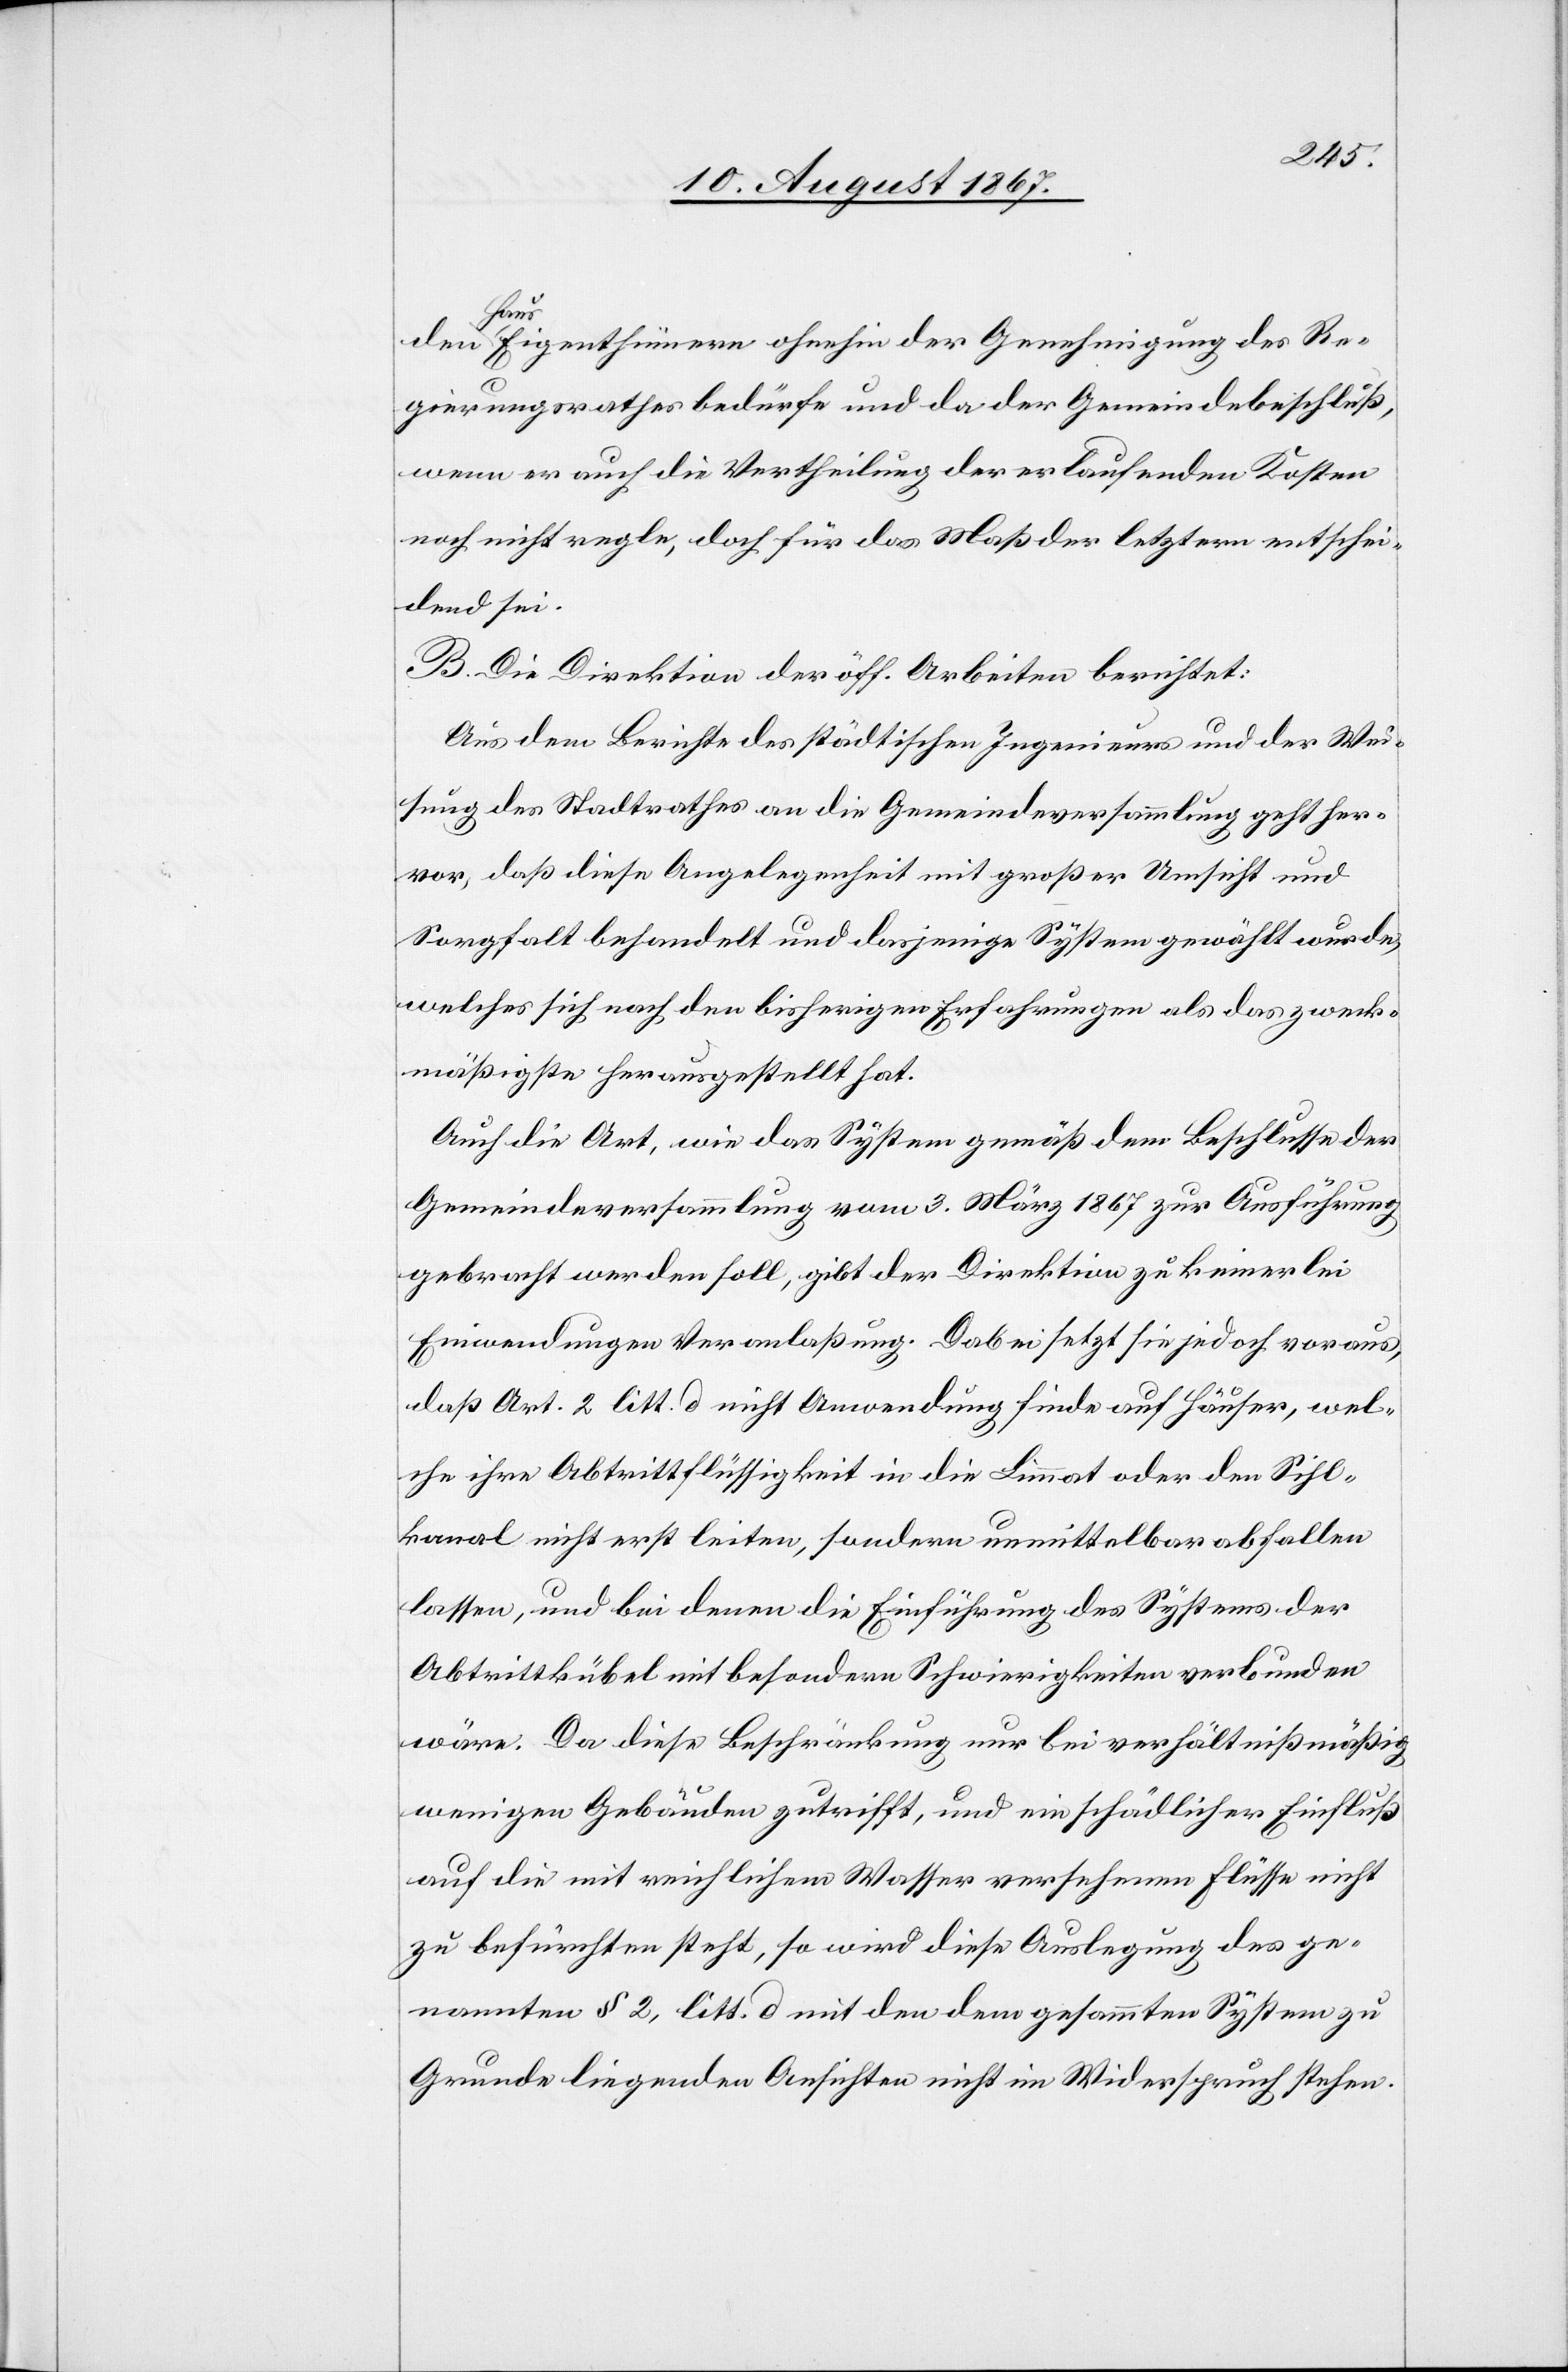
den Haus-Eigenthümern ohnehin der Genehmigung des Re¬
gierungsrathes bedürfe und da der Gemeindebeschluß,
wenn er auch die Vertheilung der erlaufenden Kosten
noch nicht regle, doch für das Maß der letztern entschei¬
dend sei.
B. Die Direktion der öff. Arbeiten berichtet:
Aus dem Berichte des städtischen Ingenieurs und der Wei¬
sung des Stadtrathes an die Gemeindeversammlung geht her¬
vor, daß diese Angelegenheit mit großer Umsicht und
Sorgfalt behandelt und dasjenige System gewählt wurde,
welches sich nach den bisherigen Erfahrungen als das zweck¬
mäßigste herausgestellt hat.
Auch die Art, wie das System gemäß dem Beschlusse der
Gemeindeversammlung vom 3. März 1867 zur Ausführung
gebracht werden soll, gibt der Direktion zu keinerlei
Einwendungen Veranlaßung. Dabei setzt sie jedoch voraus,
daß Art. 2 litt. d nicht Anwendung finde auf Häuser, wel¬
che ihre Abtrittflüssigkeit in die Limmat oder den Sihl¬
kanal nicht erst leiten, sondern unmittelbar abfallen
lassen, und bei denen die Einführung des Systems der
Abtrittkübel mit besondern Schwierigkeiten verbunden
wäre. Da diese Beschränkung nur bei verhältnißmäßig
wenigen Gebäuden zutrifft, und ein schädlicher Einfluß
auf die mit reichlichem Wasser versehenen Flüsse nicht
zu befürchten steht, so wird diese Auslegung des ge¬
nannten § 2, litt. d mit den dem gesammten System zu
Grund liegenden Ansichten nicht im Widerspruch stehen.